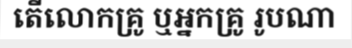
តើលោកគ្រូ ឬអ្នកគ្រូ រូបណា